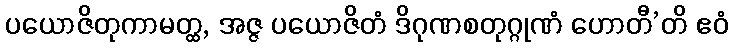
ပယောဇိတုကာမတ္ထ, အဇ္ဇ ပယောဇိတံ ဒိဂုဏစတုဂ္ဂုဏံ ဟောတီ’တိ ဧဝံ